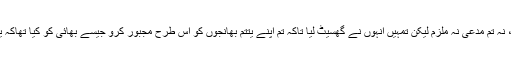
اب بھی انہوں نے یہی کچھ کیا ہے کہ جھگڑا رئوف کے عزیز کے ساتھ ہے، نہ تم مدعی نہ ملزم لیکن تمہیں انہوں نے گھسیٹ لیا تاکہ تم اپنے یتتم بھانجوں کو اس طرح مجبور کرو جیسے بھائی کو کیا تھاکہ یار انہیں زمین دے دو لوگ کیا کہیں گے کہ رئوف کلاسرا علاقے کا ڈان ہے۔